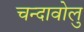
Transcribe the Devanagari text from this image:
चन्दावोलु